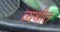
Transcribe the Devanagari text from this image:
व्यथीत